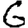
Digit: 6